NAE_ERA_R-2324_Eesti_Vabariigi_Pohiseaduslik_Assamblee, lk 39
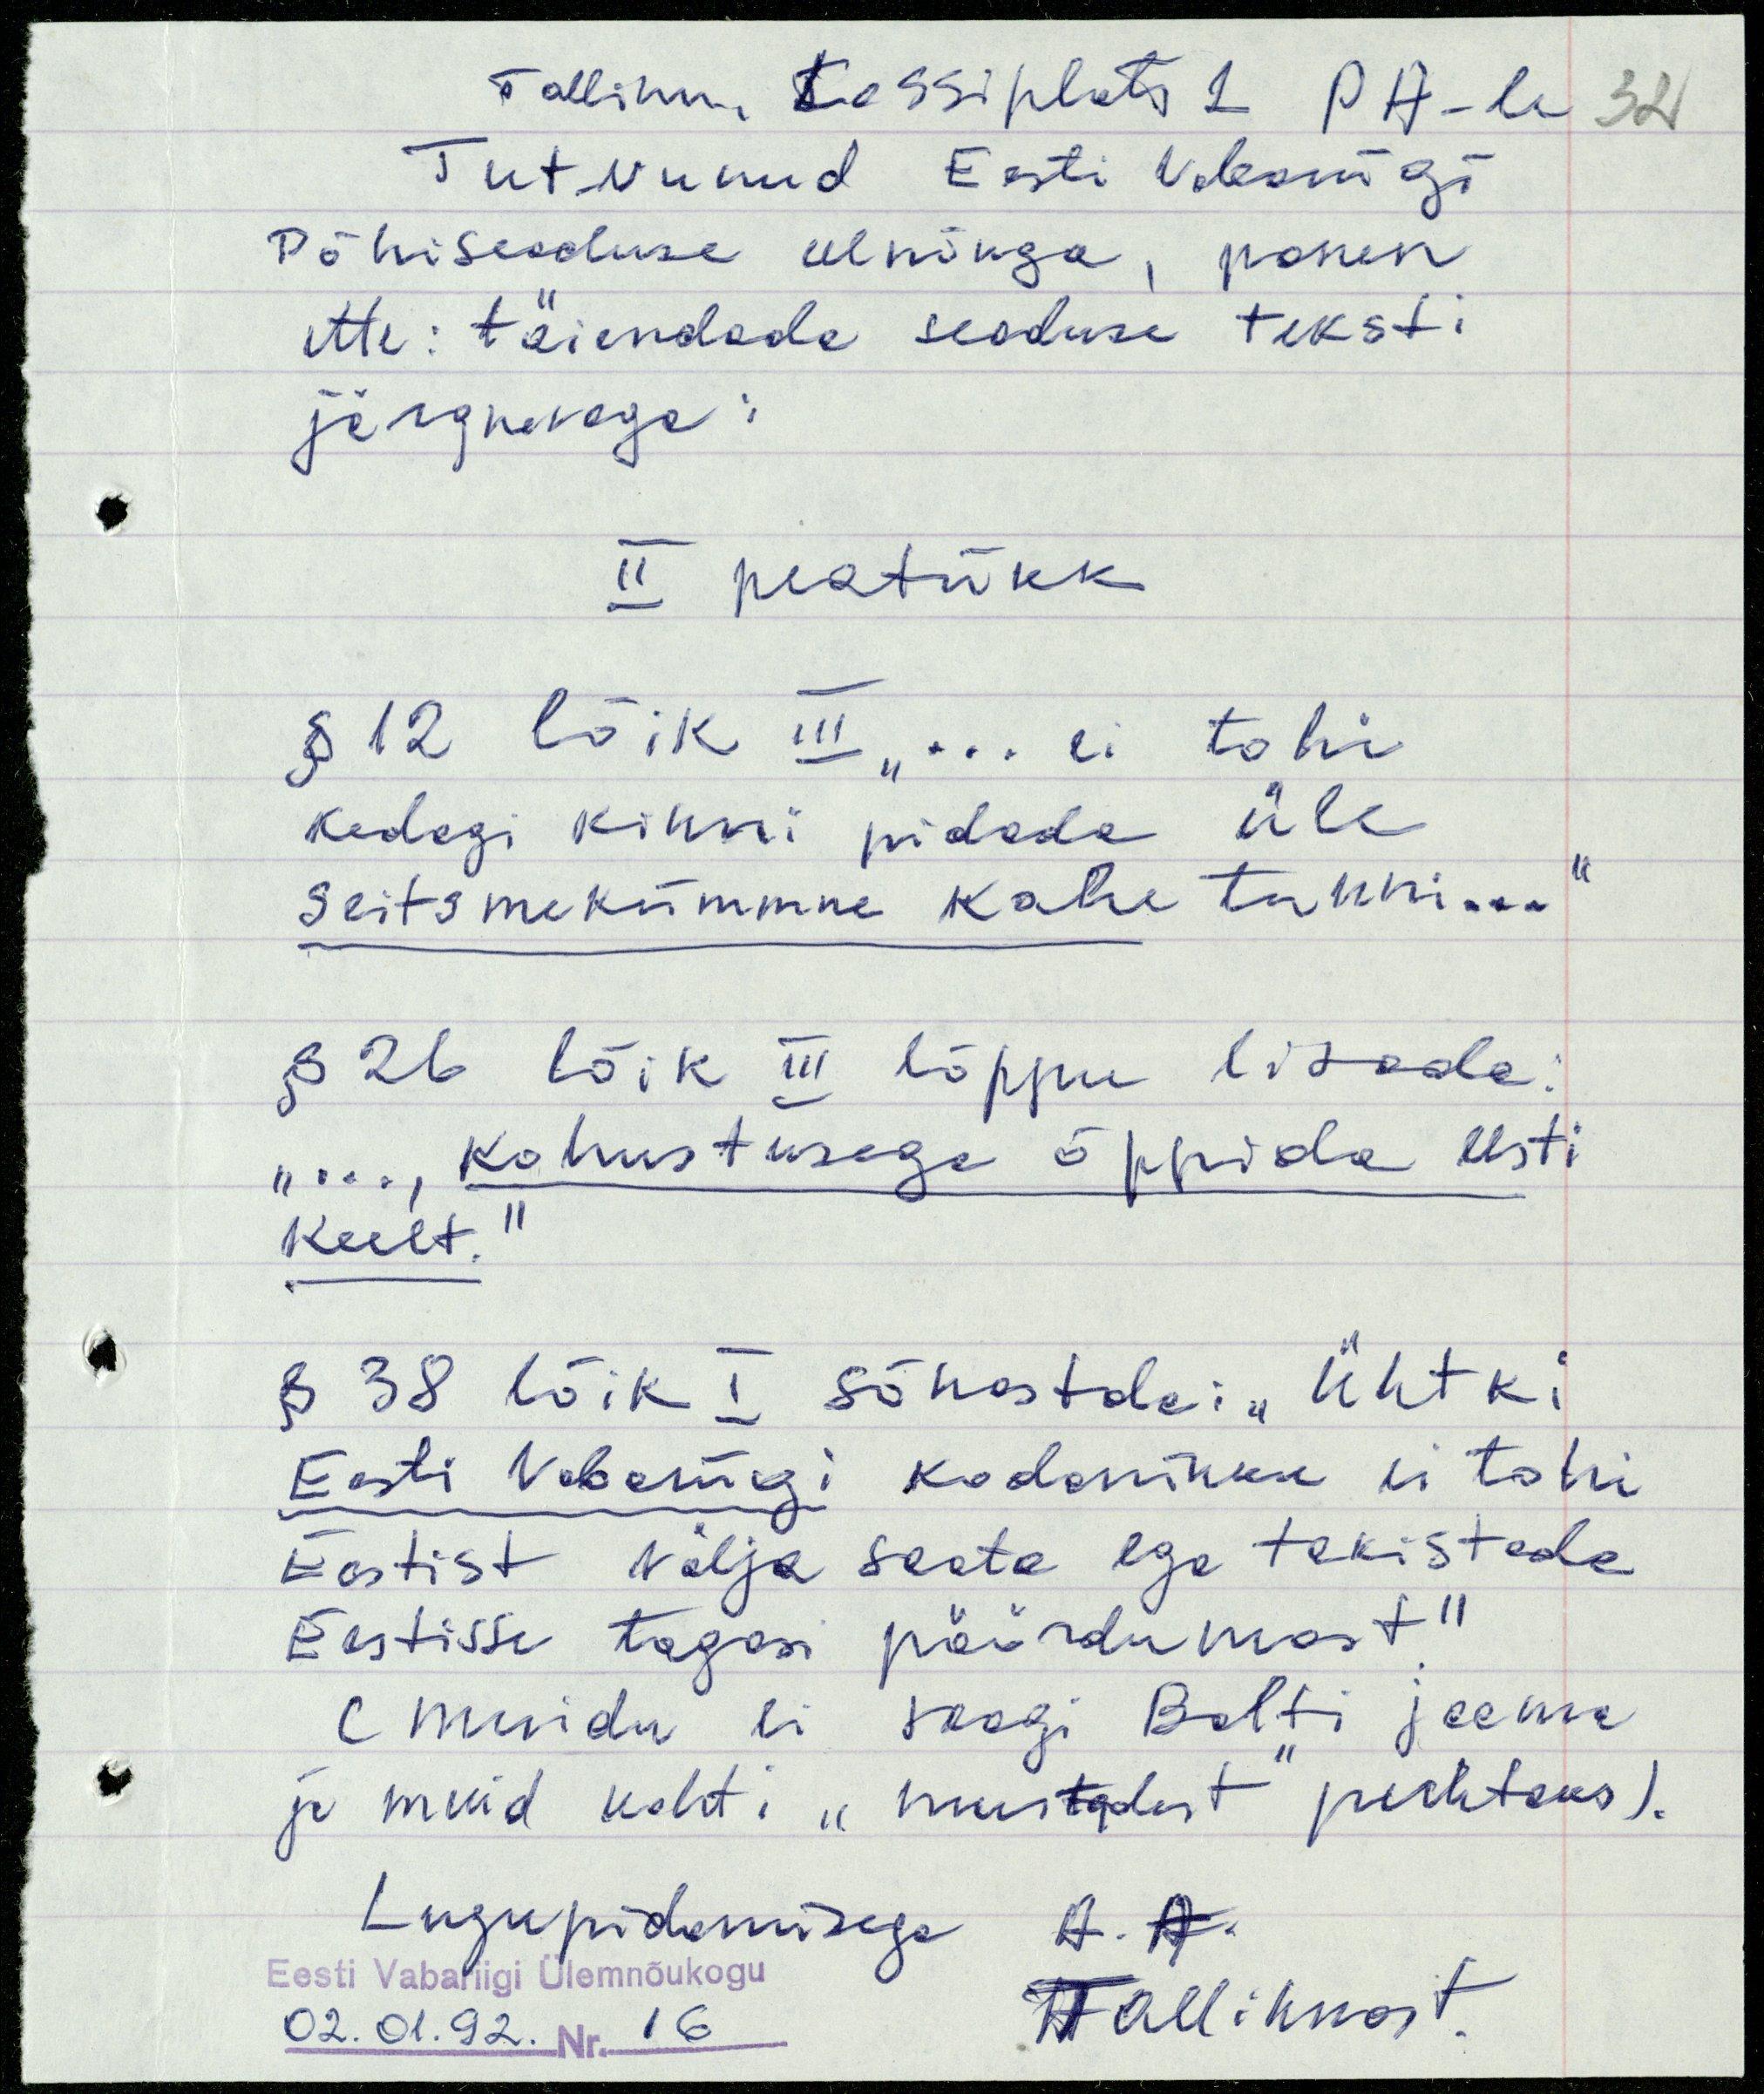
Tallinn, Lossiplats 1 PA-le
32
Tutvunud Eesti Vabariigi
Põhiseaduse eelnõuga, panen
ette: täiendada seaduse teksti
järgnevaga:
II peatükk
§ 12 lõik III " ... ei tohi
kedagi kinni pidada üle
seitsmekümmne kahe tunni..."
§ 26 lõik III lõppu lisada:
" ..., kohustusega õppida eesti
keelt."
§ 38 lõik I sõnastda:" Ühtki
Eesti Vabariigi kodanikku ei tohi
Eestist välja saata ega takistada
Eestisse tagasi pöördumast"
( muidu ei saagi Balti jaama
ja muid kohti "mustadest" puhtaks).
Lugupidamisega A. A.
Eesti Vabariigi Ülemnõukogu
02.01.92. Nr. 16 Tallinnast.